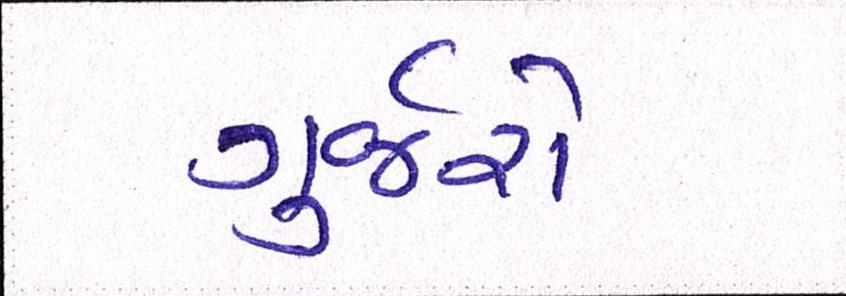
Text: ગુર્જરો